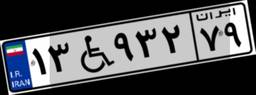
۱۳W۹۳۲۷۹